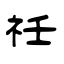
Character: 祍